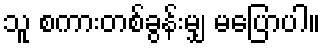
သူ စကားတစ်ခွန်းမျှ မပြောပါ။